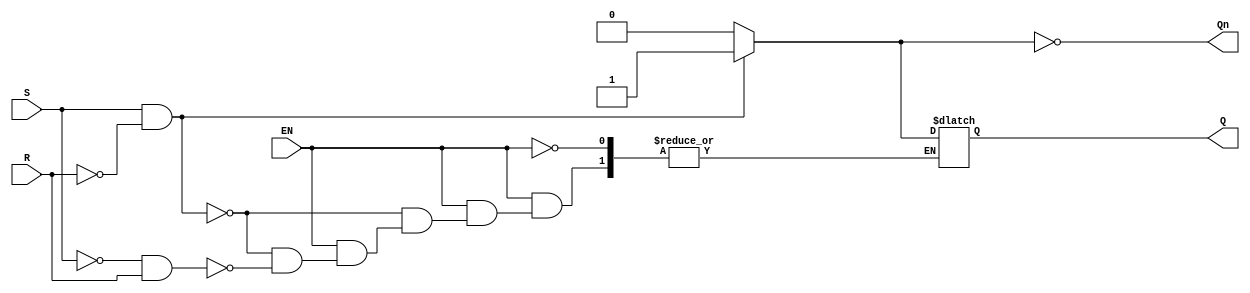
module GatedSRLatch (
    input wire S,        // Set input
    input wire R,        // Reset input
    input wire EN,       // Enable input
    output reg Q,        // Output Q
    output reg Qn        // Output Not Q
);

// Always block to implement the Gated SR Latch behavior
always @(*) begin
    // Default values to retain previous state
    Q = Q;
    Qn = ~Q;

    if (EN) begin
        if (S && !R) begin
            // Set condition
            Q = 1'b1;
        end 
        else if (!S && R) begin
            // Reset condition
            Q = 1'b0;
        end 
        else if (S && R) begin
            // Invalid state; define behavior here if needed
            // Usually, this is avoided, but we can choose to do nothing or set to a state
            // Q is left unchanged as per the specification
        end 
        // If both S and R are low, Q retains its previous state due to default
    end
    // Update Qn as the complement of Q
    Qn = ~Q;
end

endmodule